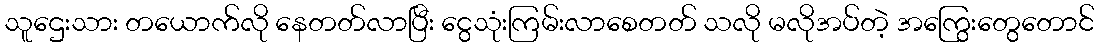
သူဌေးသား တယောက်လို နေတတ်လာပြီး ငွေသုံးကြမ်းလာစေတတ် သလို မလိုအပ်တဲ့ အကြွေးတွေတောင်